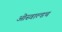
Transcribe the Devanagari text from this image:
ओस्वाल्डच